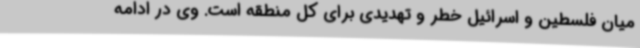
میان فلسطین و اسرائیل خطر و تهدیدی برای کل منطقه است. وی در ادامه